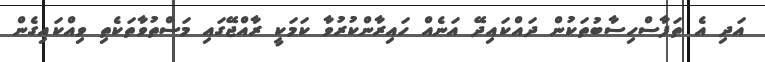
އަދި އެ ތަފާސްހިސާބުތަކުން ދައްކައިދޭ އަނެއް ހައިރާންކުރުވާ ކަމަކީ ރާއްޖޭގައި މަސްތުވާތަކެތި ވިއްކައިގެން